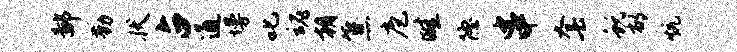
鄙勤状占通墁叱魂朝焦庖畦隐串套蜕郁炕